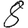
Digit: 8